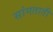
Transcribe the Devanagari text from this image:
सांगताती